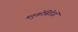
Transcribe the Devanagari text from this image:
ग्लुकोसिडेजों